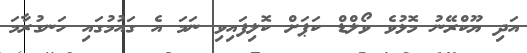
އަދި ޔޫކްރޭނު މޮޅުވެ ވޯލްޑް ކަޕަށް ކޮލިފައިވި ނަމަ އެ ގައުމުގައި ހަނގުރާމަ